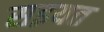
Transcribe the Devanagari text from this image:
सइयत